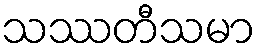
သဿတီသမာ